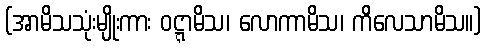
(အာမိသသုံးမျိုးကား ဝဋ္ဋာမိသ၊ လောကာမိသ၊ ကိလေသာမိသ။)